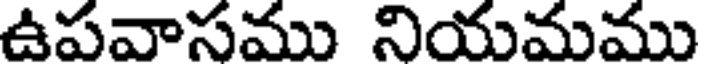
ఉపవాసము నియమము